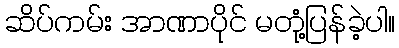
ဆိပ်ကမ်း အာဏာပိုင် မတုံ့ပြန်ခဲ့ပါ။